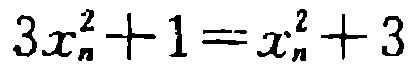
\(3x_{n}^{2}+1 = x_{n}^{2}+3\)